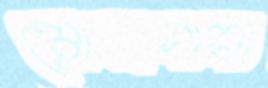
রোকসানা